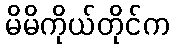
မိမိကိုယ်တိုင်က